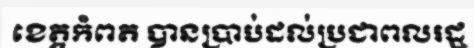
ខេត្តកំពត បានប្រាប់ដល់ប្រជាពលរដ្ឋ